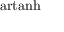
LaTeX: \operatorname { a r t a n h }